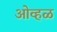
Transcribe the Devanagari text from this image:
ओव्हळ